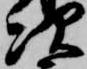
次